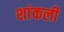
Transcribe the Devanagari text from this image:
शांकली